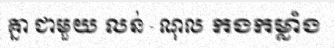
គ្នា ជាមួយ លន់ - ណុល កងកម្លាំង